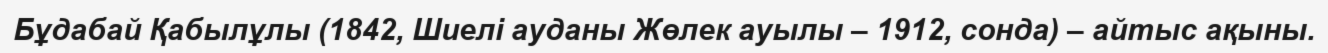
Бұдабай Қабылұлы (1842, Шиелі ауданы Жөлек ауылы – 1912, сонда) – айтыс ақыны.